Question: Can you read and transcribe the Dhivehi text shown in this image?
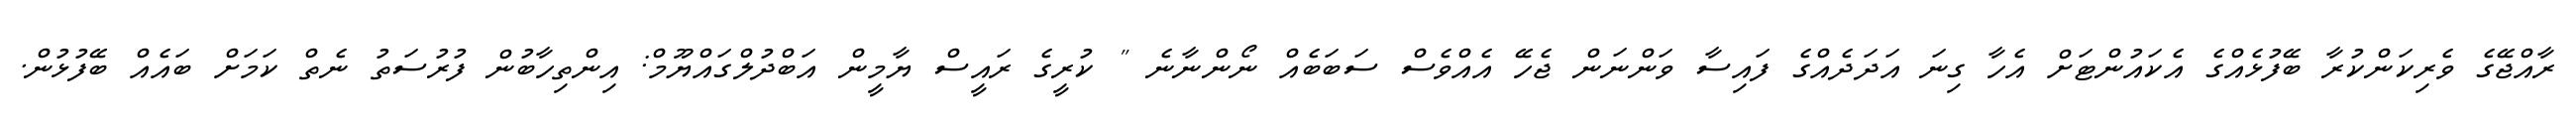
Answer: ރާއްޖޭގެ ވެރިކަންކުރާ ބޭފުޅެއްގެ އެކައުންޓަށް އެހާ ގިނަ އަދަދެއްގެ ފައިސާ ވަންނަން ޖެހޭ އެއްވެސް ސަބަބެއް ނޯންނާނެ " ކުރީގެ ރައީސް ޔާމީން އަބްދުލްގައްޔޫމް: އިންތިހާބުން ފުރުސަތު ނެތް ކަމަށް ބައެއް ބޭފުޅުން.